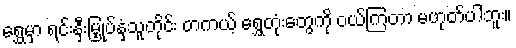
ရွှေမှာ ရင်းနှီးမြှုပ်နှံသူတိုင်း တကယ့် ရွှေတုံးတွေကို ဝယ်ကြတာ မဟုတ်ပါဘူး။